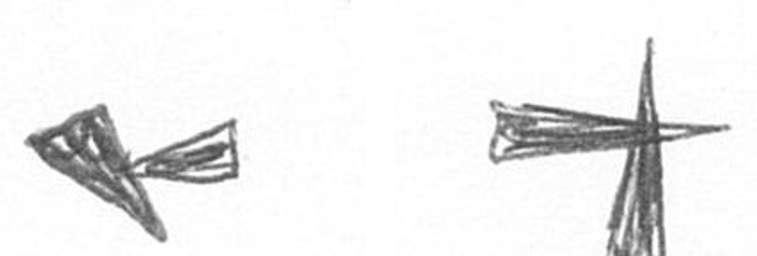
F G